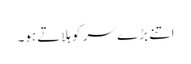
اتنے بڑ ے سر کو ہلاتے ہو۔